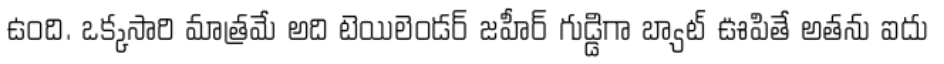
ఉంది. ఒక్కసారి మాత్రమే అది టెయిలెండర్ జహీర్ గుడ్డిగా బ్యాట్ ఊపితే అతను ఐదు